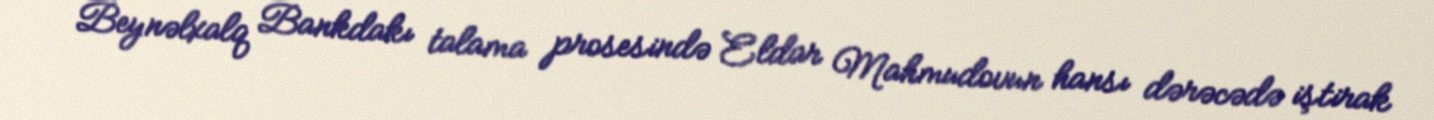
Beynəlxalq Bankdakı talama prosesində Eldar Mahmudovun hansı dərəcədə iştirak